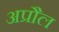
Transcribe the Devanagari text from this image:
अप्रौल